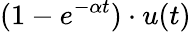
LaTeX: (1-e^{-\alpha t})\cdot u(t)